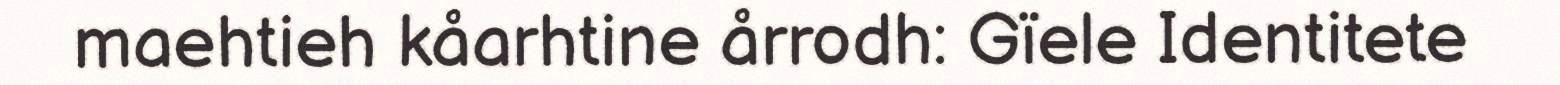
maehtieh kåarhtine årrodh: Gïele Identitete